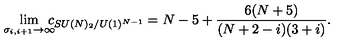
\lim _ { \sigma _ { i , i + 1 } \rightarrow \infty } \! \! \! \! c _ { S U ( N ) _ { 2 } / U ( 1 ) ^ { N - 1 } } = N - 5 + \frac { 6 ( N + 5 ) } { ( N + 2 - i ) ( 3 + i ) } .